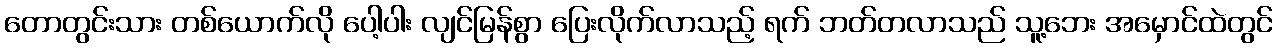
တောတွင်းသား တစ်ယောက်လို ပေါ့ပါး လျင်မြန်စွာ ပြေးလိုက်လာသည့် ရက် ဘတ်တလာသည် သူ့ဘေး အမှောင်ထဲတွင်